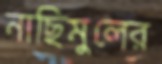
নাছিমুলের